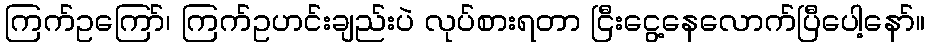
ကြက်ဥကြော်၊ ကြက်ဥဟင်းချည်းပဲ လုပ်စားရတာ ငြီးငွေ့နေလောက်ပြီပေါ့နော်။